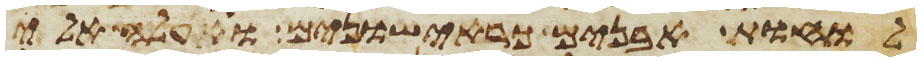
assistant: לוחת אבנים כראישונים ועלה אלי